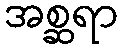
အစ္ဆရာ